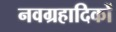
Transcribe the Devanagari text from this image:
नवग्रहादिकों